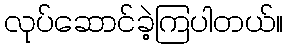
လုပ်ဆောင်ခဲ့ကြပါတယ်။